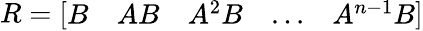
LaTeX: R={\left[\begin{array}{lllll}{B}&{AB}&{A^{2}B}&{...}&{A^{n-1}B}\end{array}\right]}